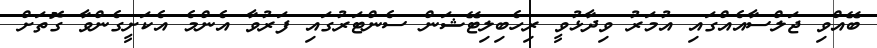
ބޭއްވި ޖަލްސާއެއްގައި އުމަރު ވިދާޅުވީ ރިހެބިލިޓޭޝަން ސެންޓަރުގައި ފަރުވާ އެންމެ އެކަށީގެންވާ ގޮތަށް